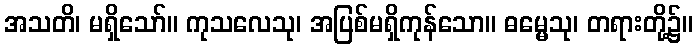
အသတိ၊ မရှိသော်။ ကုသလေသု၊ အပြစ်မရှိကုန်သော။ ဓမ္မေသု၊ တရားတို့၌။